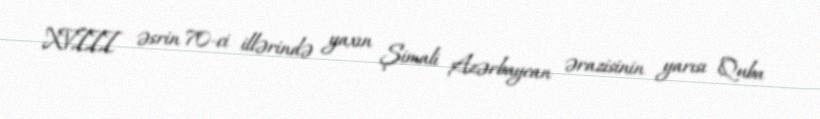
XVIII əsrin 70-ci illərində yaxın Şimali Azərbaycan ərazisinin yarısı Quba